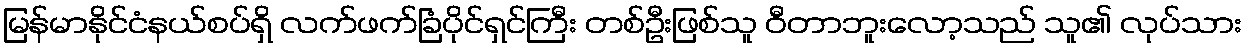
မြန်မာနိုင်ငံနယ်စပ်ရှိ လက်ဖက်ခြံပိုင်ရှင်ကြီး တစ်ဦးဖြစ်သူ ဝီတာဘူးလော့သည် သူ၏ လုပ်သား